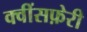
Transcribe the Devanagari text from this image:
क्वींसफ़ेरी